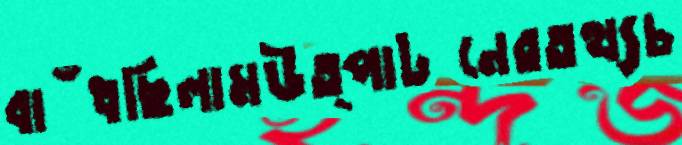
বাঁধছিলামউত্পাটনেরতথ্যচ